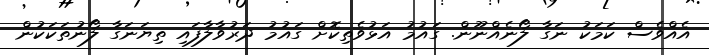
އެއްވެސް ކަމަކު ނަގާ ލޯނެއްނޫން. ގައުމު އަޅުވެތިކޮށް ގައުމު ދަރުވާލާފައި ތިޔަނަގާ ލޯނުތަކަކުން